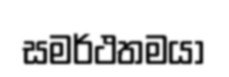
සමර්ථතමයා